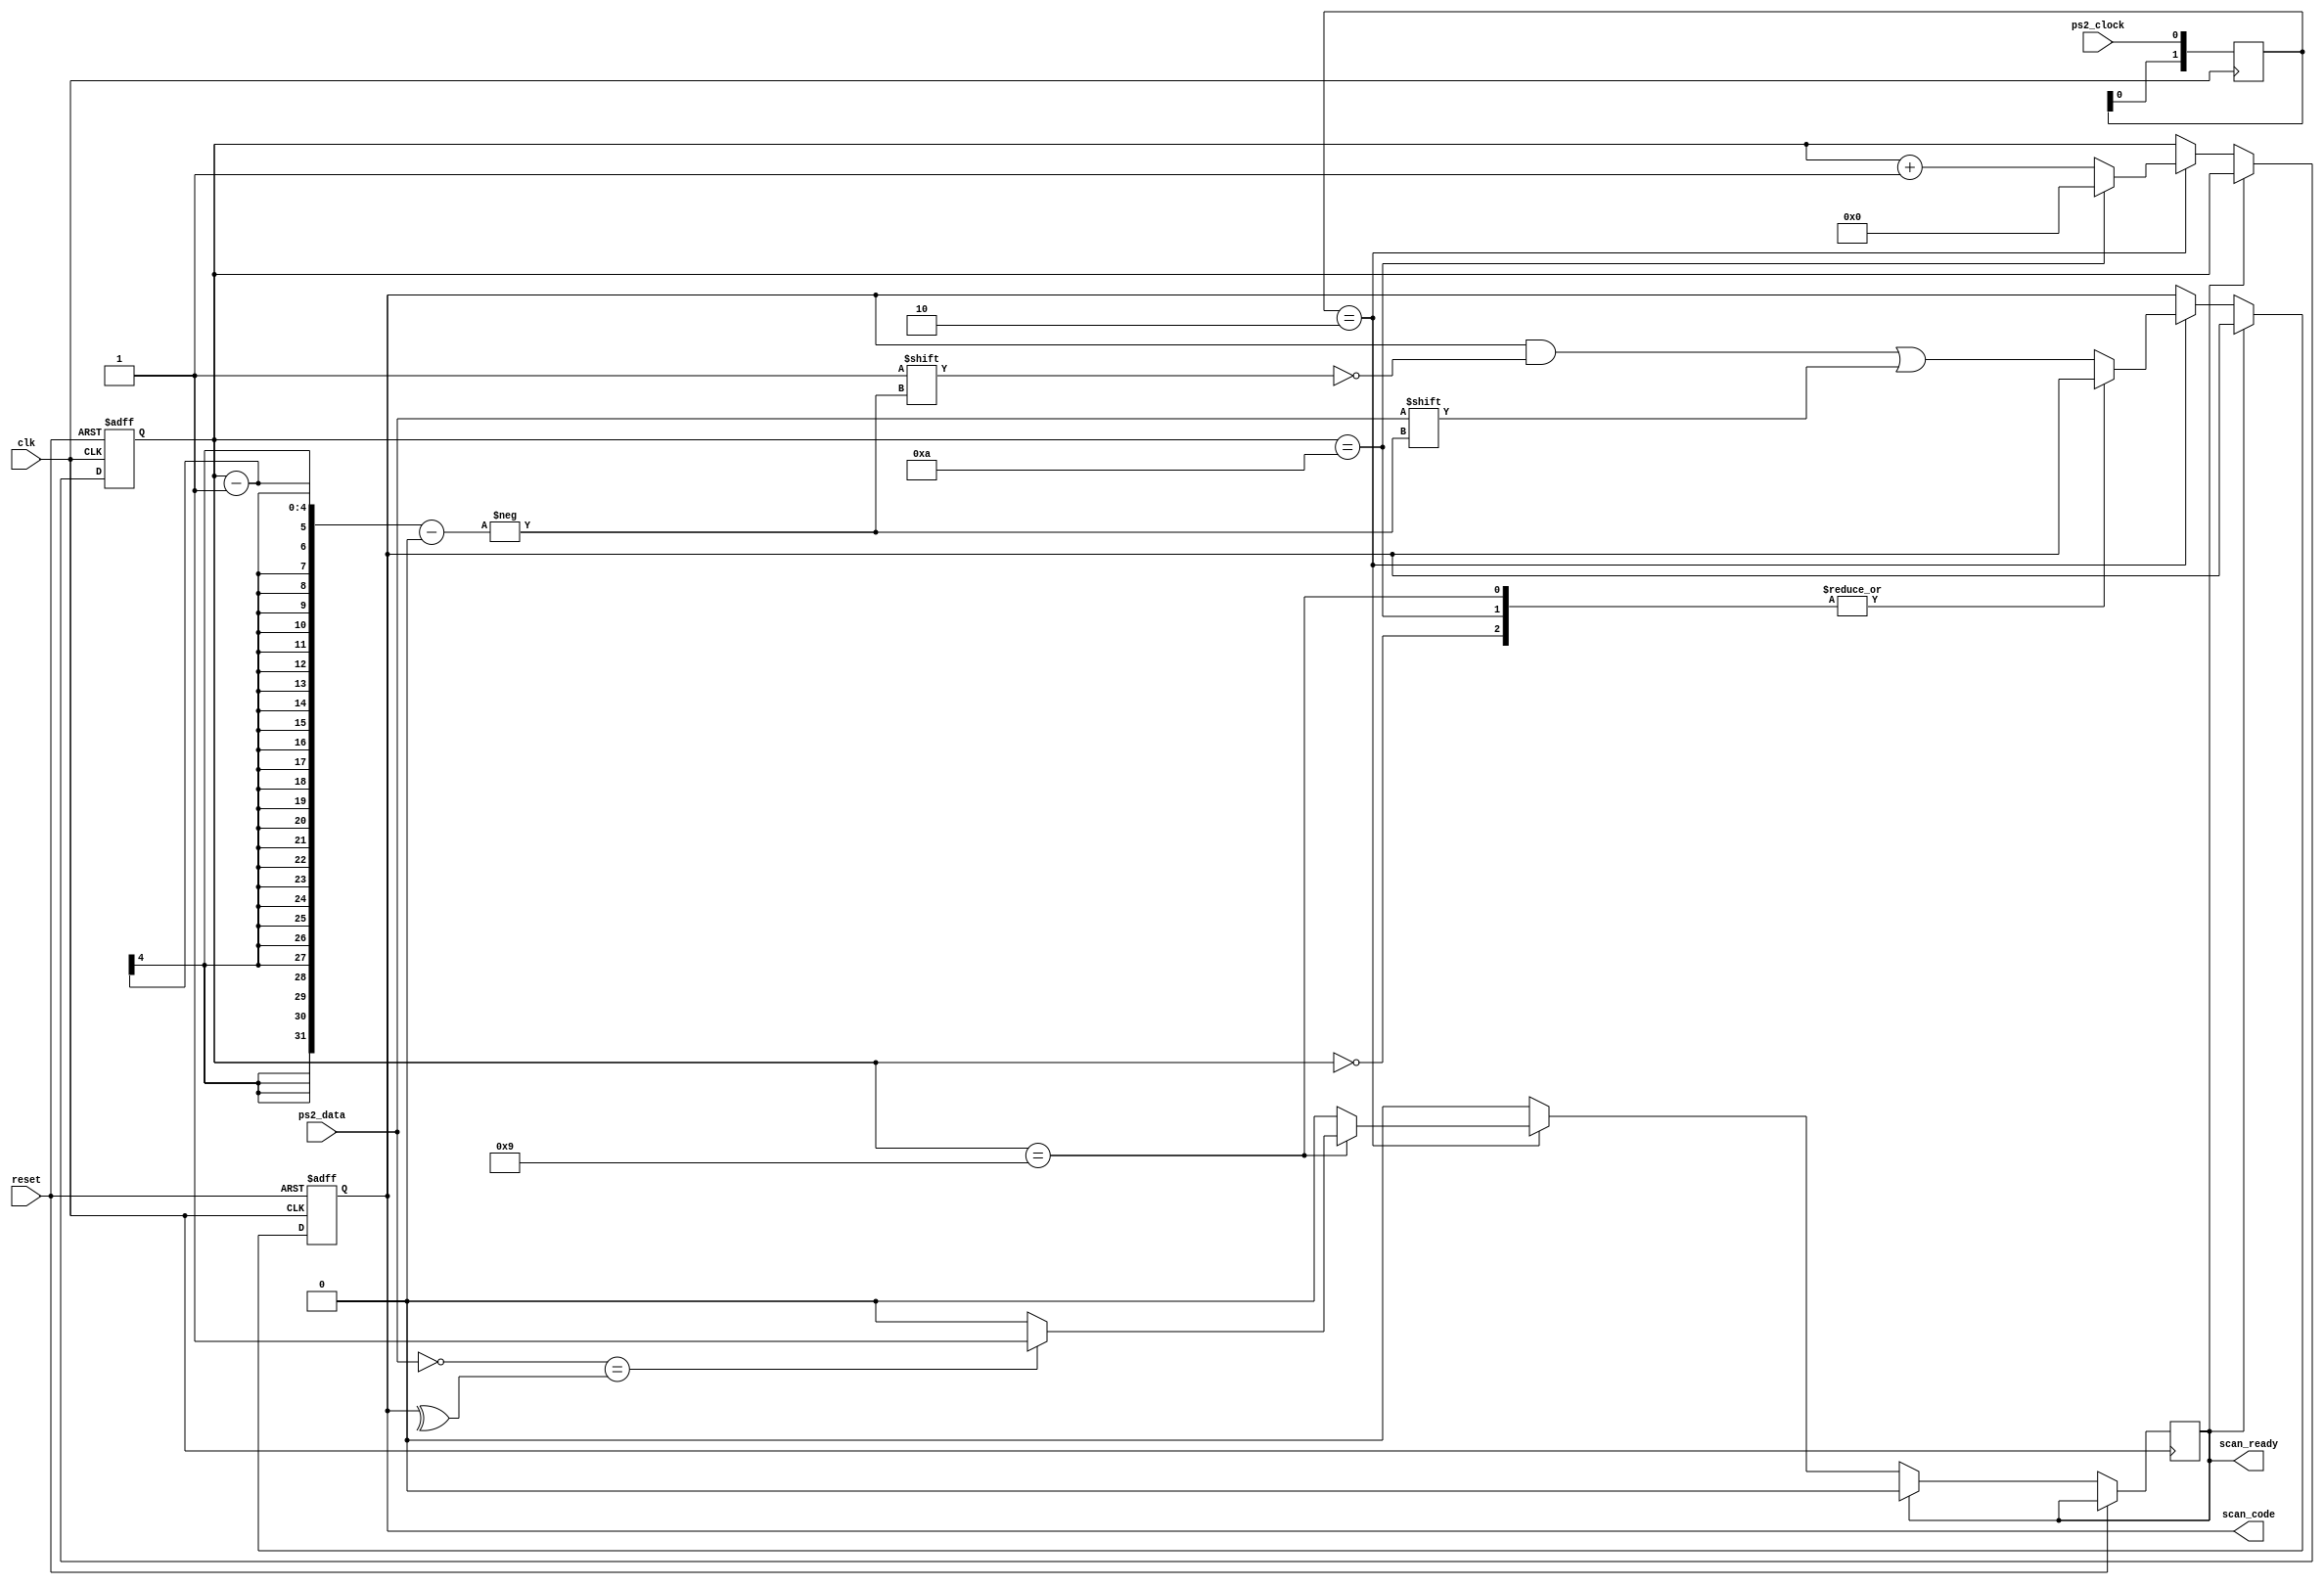
module ps2_controller (
    input reset,
    input clk,
    input ps2_clock,
    input ps2_data,
    output scan_ready,
    output [7:0] scan_code
);
    reg [7:0] r_scan_code;
    reg [3:0] state_reg = 4'd0;
    reg ready;
    reg [1:0] ps2_clock_edge_detect = 2'b00;
    wire ps2_clock_negedge;
    assign scan_code = r_scan_code;
    assign scan_ready = ready;
    assign ps2_clock_negedge = (ps2_clock_edge_detect == 2'b10);
    always @(posedge clk) begin
        ps2_clock_edge_detect <= {ps2_clock_edge_detect[0], ps2_clock};
    end  
    always @(posedge clk or posedge reset) begin
        if (reset) begin 
            state_reg <= 4'b0;
            r_scan_code <= 8'b0;
        end 
        else if (ready) begin
            ready <= 1'b0;
        end
        else if (ps2_clock_negedge) begin 
            case (state_reg)
            4'd0: 
                begin
                    state_reg <= state_reg + 1'b1;
                    ready <= 1'b0;
                end
            4'd9: 
                begin
                    if (!ps2_data == ^r_scan_code) begin 
                        ready <= 1'b1;
                    end else begin
                        ready <= 1'b0;
                    end
                    state_reg <= state_reg + 1'b1;
                end
            4'd10: 
                begin
                    state_reg <= 4'b0;
                    ready <= 1'b0;
                end
            default: 
                begin
                    r_scan_code[state_reg - 1] <= ps2_data;
                    state_reg <= state_reg + 1'b1;
                    ready <= 1'b0;
                end
            endcase
        end
    end
endmodule